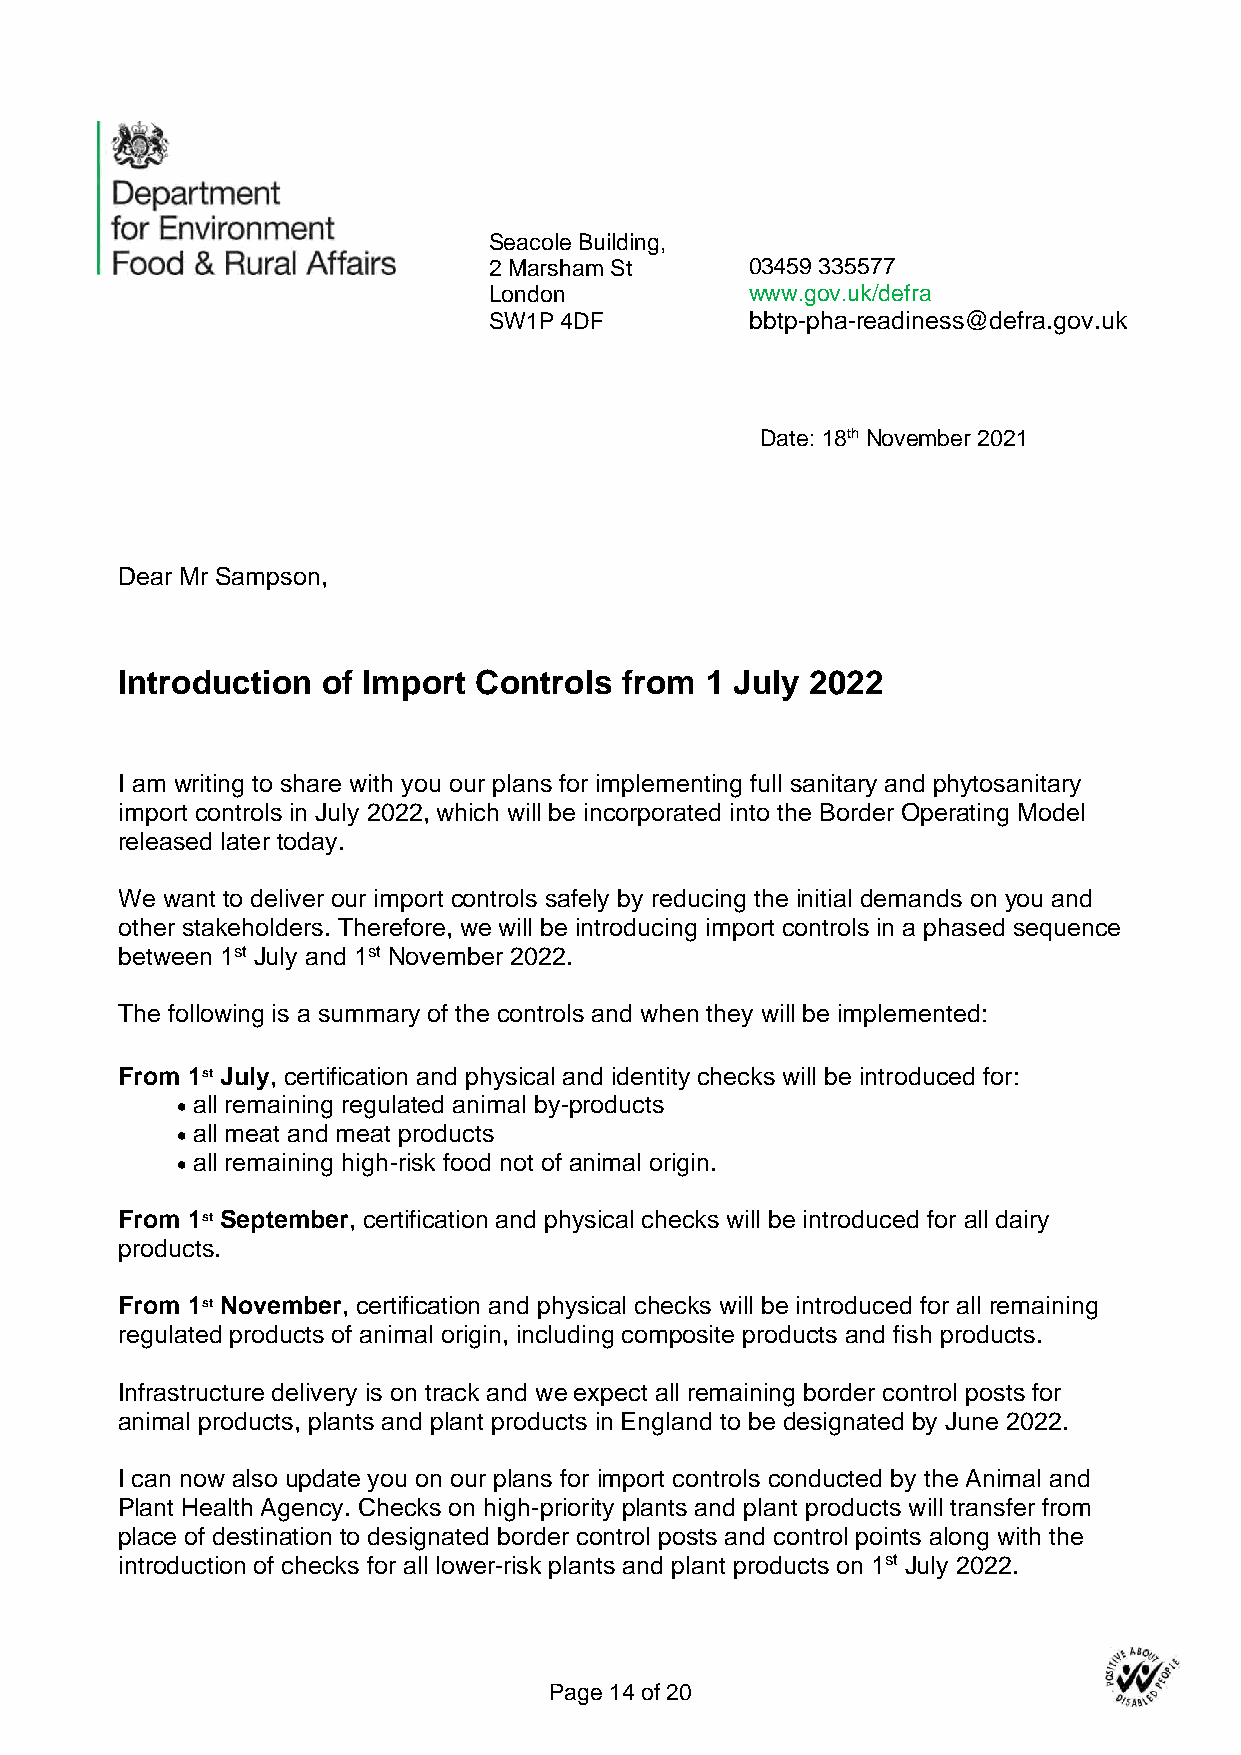
Seacole Building,
 2 Marsham St      03459 335577
 London            www.gov.uk/defra
 SW1P 4DF          bbtp-pha-readiness@defra.gov.uk
 Date: 18th November 2021
 Dear Mr Sampson,
 Introduction of Import Controls  from  1 July 2022
 I am writing to share with you our plans for implementing full sanitary and phytosanitary
 import controls in July 2022, which will be incorporated into the Border Operating Model
 released later today.
 We want to deliver our import controls safely by reducing the initial demands on you and
 other stakeholders. Therefore, we will be introducing import controls in a phased sequence
 between 1st July and 1st November 2022.
 The following is a summary of the controls and when they will be implemented:
 From 1st July, certification and physical and identity checks will be introduced for:
 • all remaining regulated animal by-products
 • all meat and meat products
 • all remaining high-risk food not of animal origin.
 From 1st September, certification and physical checks will be introduced for all dairy
 products.
 From 1st November, certification and physical checks will be introduced for all remaining
 regulated products of animal origin, including composite products and fish products.
 Infrastructure delivery is on track and we expect all remaining border control posts for
 animal products, plants and plant products in England to be designated by June 2022.
 I can now also update you on our plans for import controls conducted by the Animal and
 Plant Health Agency. Checks on high-priority plants and plant products will transfer from
 place of destination to designated border control posts and control points along with the
 introduction of checks for all lower-risk plants and plant products on 1st July 2022.
 Page 14 of 20